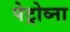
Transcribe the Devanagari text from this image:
पेट्रोव्ना